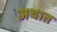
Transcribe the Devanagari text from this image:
अथात